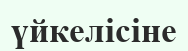
үйкелісіне